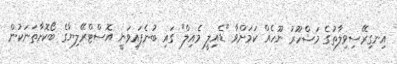
އިނގިރޭސިވިލާތުގެ މަޝްހޫރު ނޫހެއް ކަމަށްވާ "ޑެއިލީ މެއިލް" ގައި ބުނެފައިވަނީ އޮސްޓްރޭލިޔާގެ ބޯކޮށާތަނަކުން